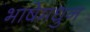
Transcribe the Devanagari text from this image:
भाषेमधुन